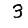
Digit: 3